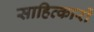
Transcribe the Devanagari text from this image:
साहित्कारों